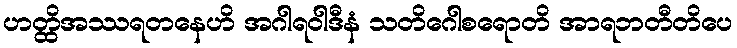
ဟတ္ထိအဿရတနေဟိ အဂါရဝါဒီနံ သတိဂေါစရောတိ အာရဘတီတိပေ